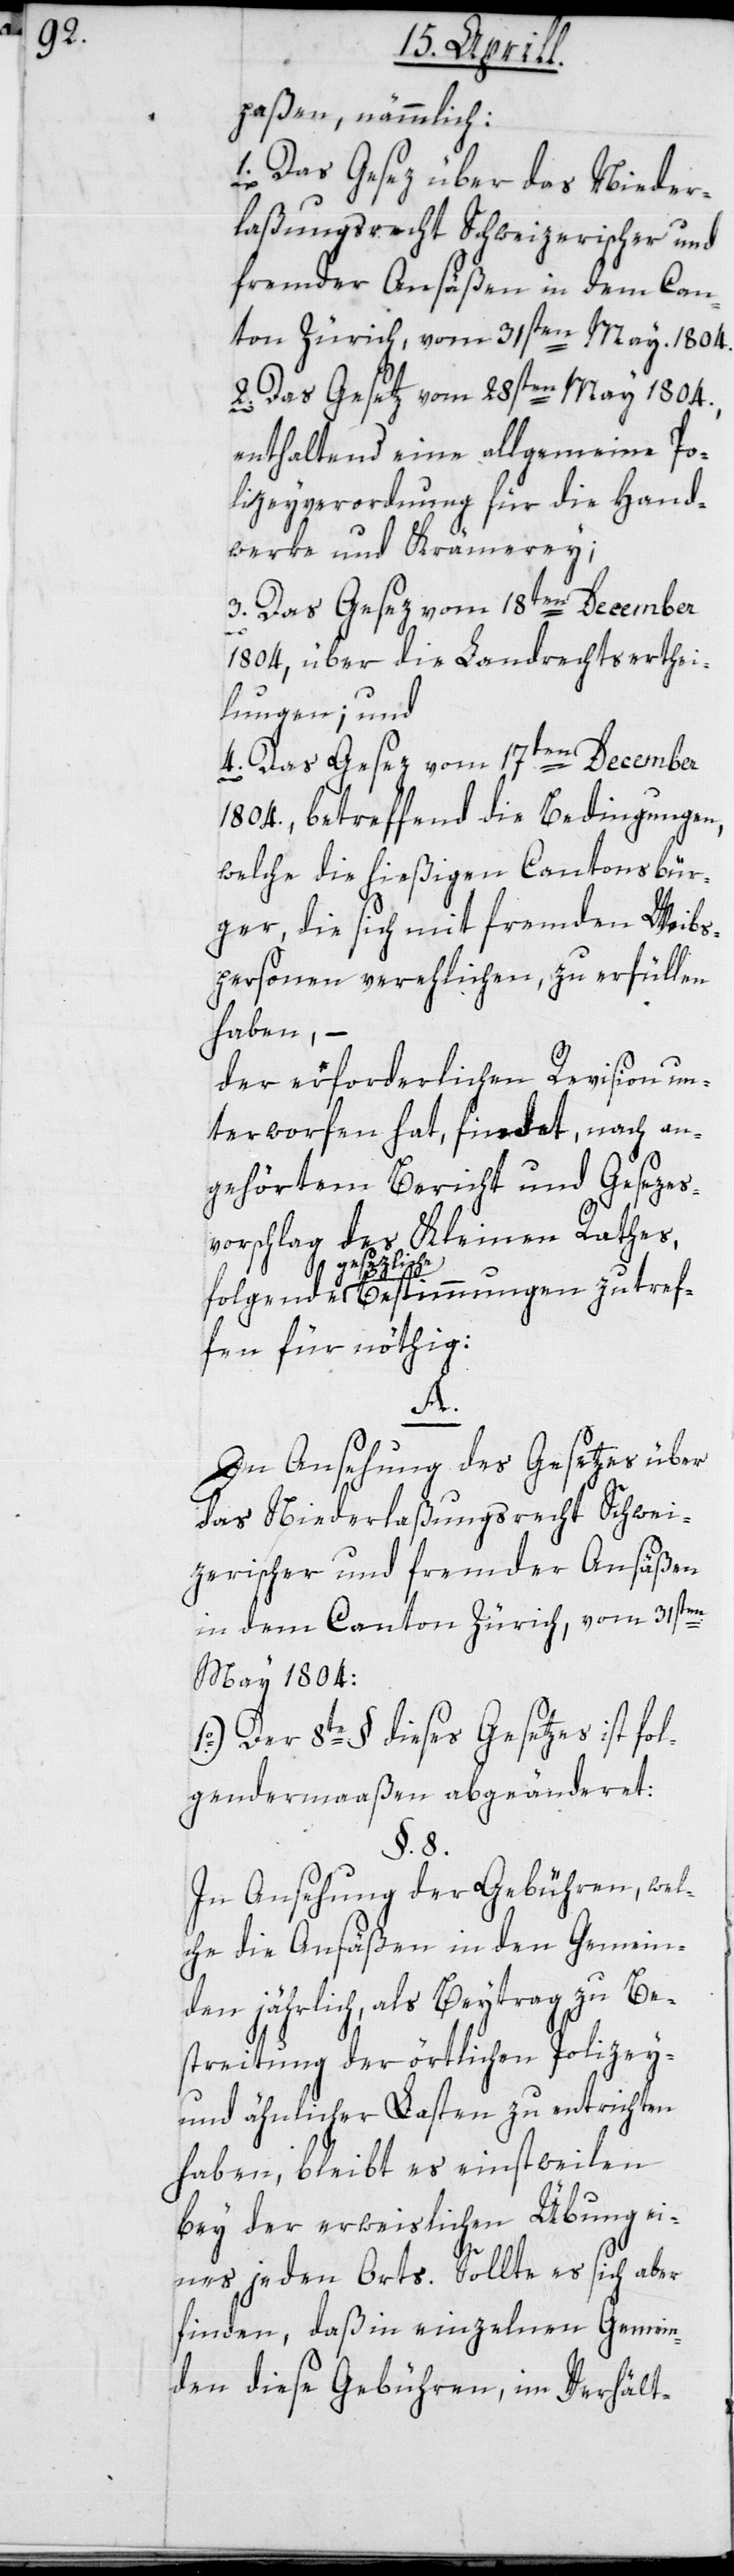
paßen, nämmlich:
1. Das Gesez über das Nieder¬
laßungsrecht Schweizerischer und
fremder Ansäßen in dem Can¬
ton Zürich vom 31sten May. 1804.
2. Das Gesetz vom 28sten May 1804,
enthaltend eine allgemeine Po¬
lizeyverordnung für die Hand¬
werke und Krämerey;
3. Das Gesez vom 18ten December
1804, über die Landrechtserthei¬
lungen; und
4. Das Gesez vom 17ten December
1804., betreffend die Bedingungen,
welche die hießigen Cantonsbür¬
ger, die sich mit fremden Weibs¬
personen verehlichen, zu erfüllen
haben, –
der erforderlichen Revision un¬
terworfen hat, findet, nach an¬
gehörtem Bericht und Gesezes¬
vorschlag des Kleinen Rathes,
zliche
tref¬
fen für nöthig:
A.
In Ansehung des Gesetzes über
das Niederlaßungsrecht Schwei¬
zerischer und fremder Ansäßen
in dem Canton Zürich, vom 31sten
May 1804:
1o.) Der 8te § dieses Gesetzes ist fol¬
gendermaaßen abgeänderet:
§. 8.
In Ansehung der Gebühren, wel¬
che die Ansäßen in den Gemein¬
den jährlich als Beytrag zu Be¬
streitung der örtlichen Polizey-
und ähnlicher Lasten zu entrichten
haben, bleibt es einstweilen
bey der erweislichen Übung ei¬
nes jeden Orts. Sollte es sich aber
finden, daß in einzelnen Gemein¬
den diese Gebühren, im Verhält-